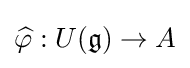
{\widehat {\varphi }}:U({\mathfrak {g}})\to A